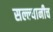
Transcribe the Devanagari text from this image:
सल्ल्यानीच